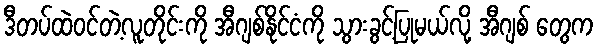
ဒီတပ်ထဲဝင်တဲ့လူတိုင်းကို အီဂျစ်နိုင်ငံကို သွားခွင့်ပြုမယ်လို့ အီဂျစ် တွေက